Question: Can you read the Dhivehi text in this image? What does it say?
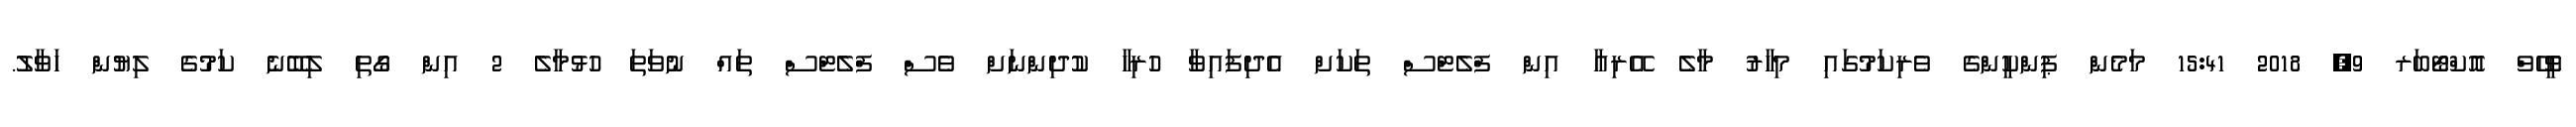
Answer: ވީހޭވް އޮކްޓޯބަރ 9, 2018 15:41 މަމެން ޕިންކީންގެ ވެރިކަމުގައި މިހާރު މާލެ އޭރިއާ އިން ފްލެޓްސް ތަކަށް އެދިފައިވާ ހުރިހާ ކުދިންނަށް ވެސް ފްލެޓްސް ތައް ނުވަތަ ހުޅުމާލެ 2 އިން ގޯތި ލިބޭނެ ކަމުގެ ލިޔުން ހަވާލު.